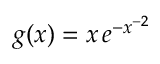
g ( x ) = x \, e ^ { - x ^ { - 2 } }